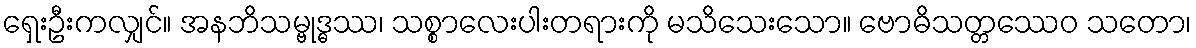
ရှေးဦးကလျှင်။ အနဘိသမ္ဗုဒ္ဓဿ၊ သစ္စာလေးပါးတရားကို မသိသေးသော။ ဗောဓိသတ္တဿေဝ သတော၊